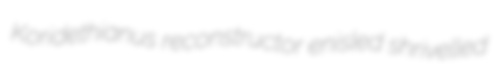
Koridethianus reconstructor enisled shrivelled